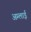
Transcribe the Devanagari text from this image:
अम्लाई